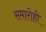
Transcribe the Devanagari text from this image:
समारोहो